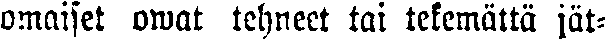
omaiset owat tehneet tai tekemättä jät-